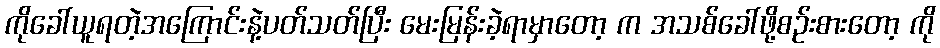
ကိုခေါ်ယူရတဲ့အကြောင်းနဲ့ပတ်သတ်ပြီး မေးမြန်းခဲ့ရာမှာတော့ က အသစ်ခေါ်ဖို့စဉ်းစားတော့ ကို